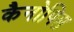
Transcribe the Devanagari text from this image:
कैनोपिस